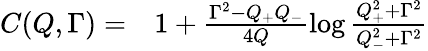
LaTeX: \begin{array}{rl}{C(Q,\Gamma)=}&{{}1+\frac{\Gamma^{2}-Q_{+}Q_{-}}{4Q}\log\frac{Q_{+}^{2}+\Gamma^{2}}{Q_{-}^{2}+\Gamma^{2}}}\end{array}